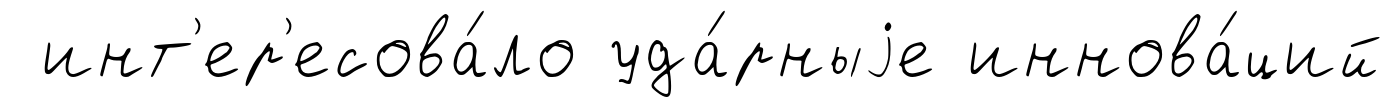
инт'ер'есова́ло уда́рныjе иннова́ций